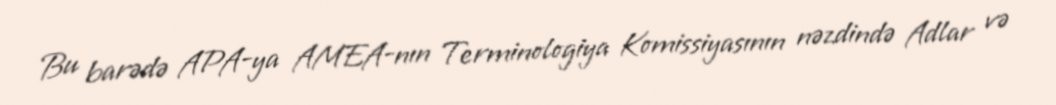
Bu barədə APA-ya AMEA-nın Terminologiya Komissiyasının nəzdində Adlar və